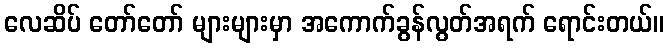
လေဆိပ် တော်တော် များများမှာ အကောက်ခွန်လွတ်အရက် ရောင်းတယ်။